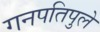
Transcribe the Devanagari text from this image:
गनपतिपुले